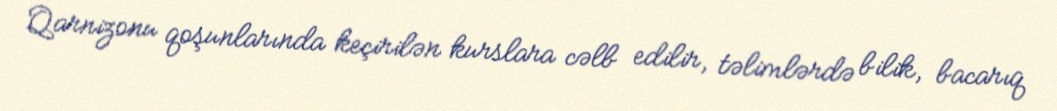
Qarnizonu qoşunlarında keçirilən kurslara cəlb edilir, təlimlərdə bilik, bacarıq